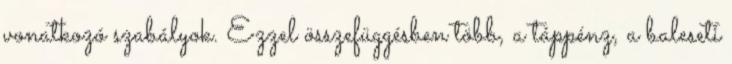
vonatkozó szabályok. Ezzel összefüggésben több, a táppénz, a baleseti